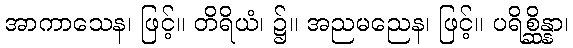
အာကာသေန၊ ဖြင့်။ တိရိယံ၊ ၌။ အညမညေန၊ ဖြင့်။ ပရိစ္ဆိန္နာ၊